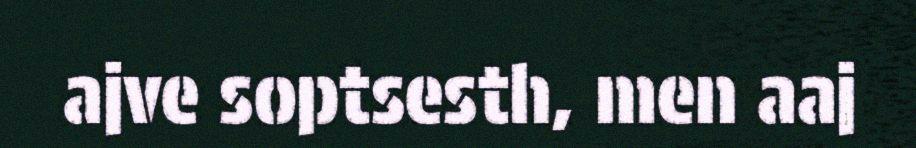
ajve soptsesth, men aaj